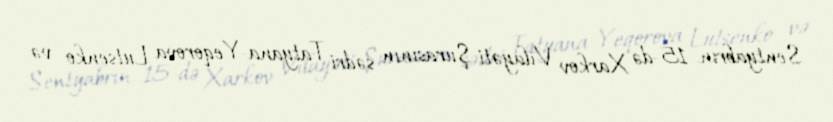
Sentyabrın 15-də Xarkov Vilayəti Şurasının sədri Tatyana-Yeqorova Lutsenko və